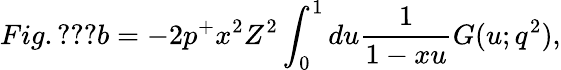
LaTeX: Fig.\ref{fig:ffpi}b=-2p^{+}x^{2}Z^{2}\int_{0}^{1}du\frac{1}{1-xu}G(u;q^{2}),